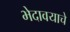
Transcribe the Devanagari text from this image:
भेदावयाचे